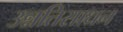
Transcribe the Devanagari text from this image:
उन्नतिसाधन